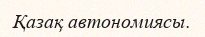
Қазақ автономиясы.